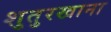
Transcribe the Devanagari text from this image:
शुतुरखाना